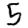
Digit: 5